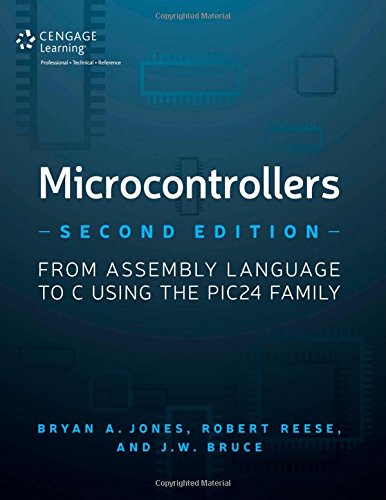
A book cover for Microcontrollers: From Assembly Language to C Using the PIC24 Family; Robert B. Reese; Computers & Technology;